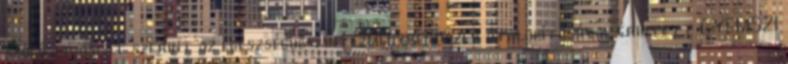
szóló javaslat szerint az egészségügyi intézményrendszer átalakításával érintett GYEMSZI